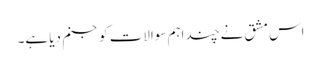
اس مشق نے چند اہم سوالات کو جنم دیا ہے۔